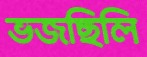
ভজছিলি